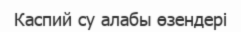
Каспий су алабы өзендері